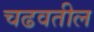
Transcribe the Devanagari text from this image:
चढवतील